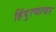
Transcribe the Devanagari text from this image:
हिंदुत्वावर